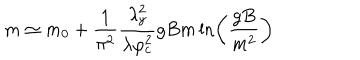
m \simeq m _ { 0 } + \frac { 1 } { \pi ^ { 2 } } \frac { \lambda _ { y } ^ { 2 } } { \lambda \varphi _ { c } ^ { 2 } } g B m \ln \left( \frac { g B } { m ^ { 2 } } \right)